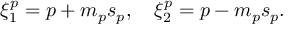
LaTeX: \xi _ { 1 } ^ { p } = p + m _ { p } s _ { p } , ~ ~ ~ \xi _ { 2 } ^ { p } = p - m _ { p } s _ { p } .